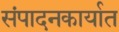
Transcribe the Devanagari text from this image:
संपादनकार्यात